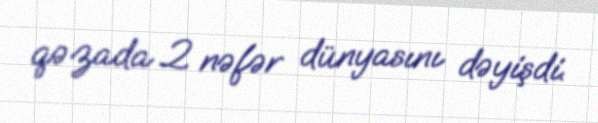
qəzada 2 nəfər dünyasını dəyişdi.